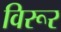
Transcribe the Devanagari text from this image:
विरूर